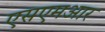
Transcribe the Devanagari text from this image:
एसएमआर